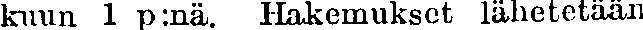
kuun 1 p:nä. Hakemukset lähetetään